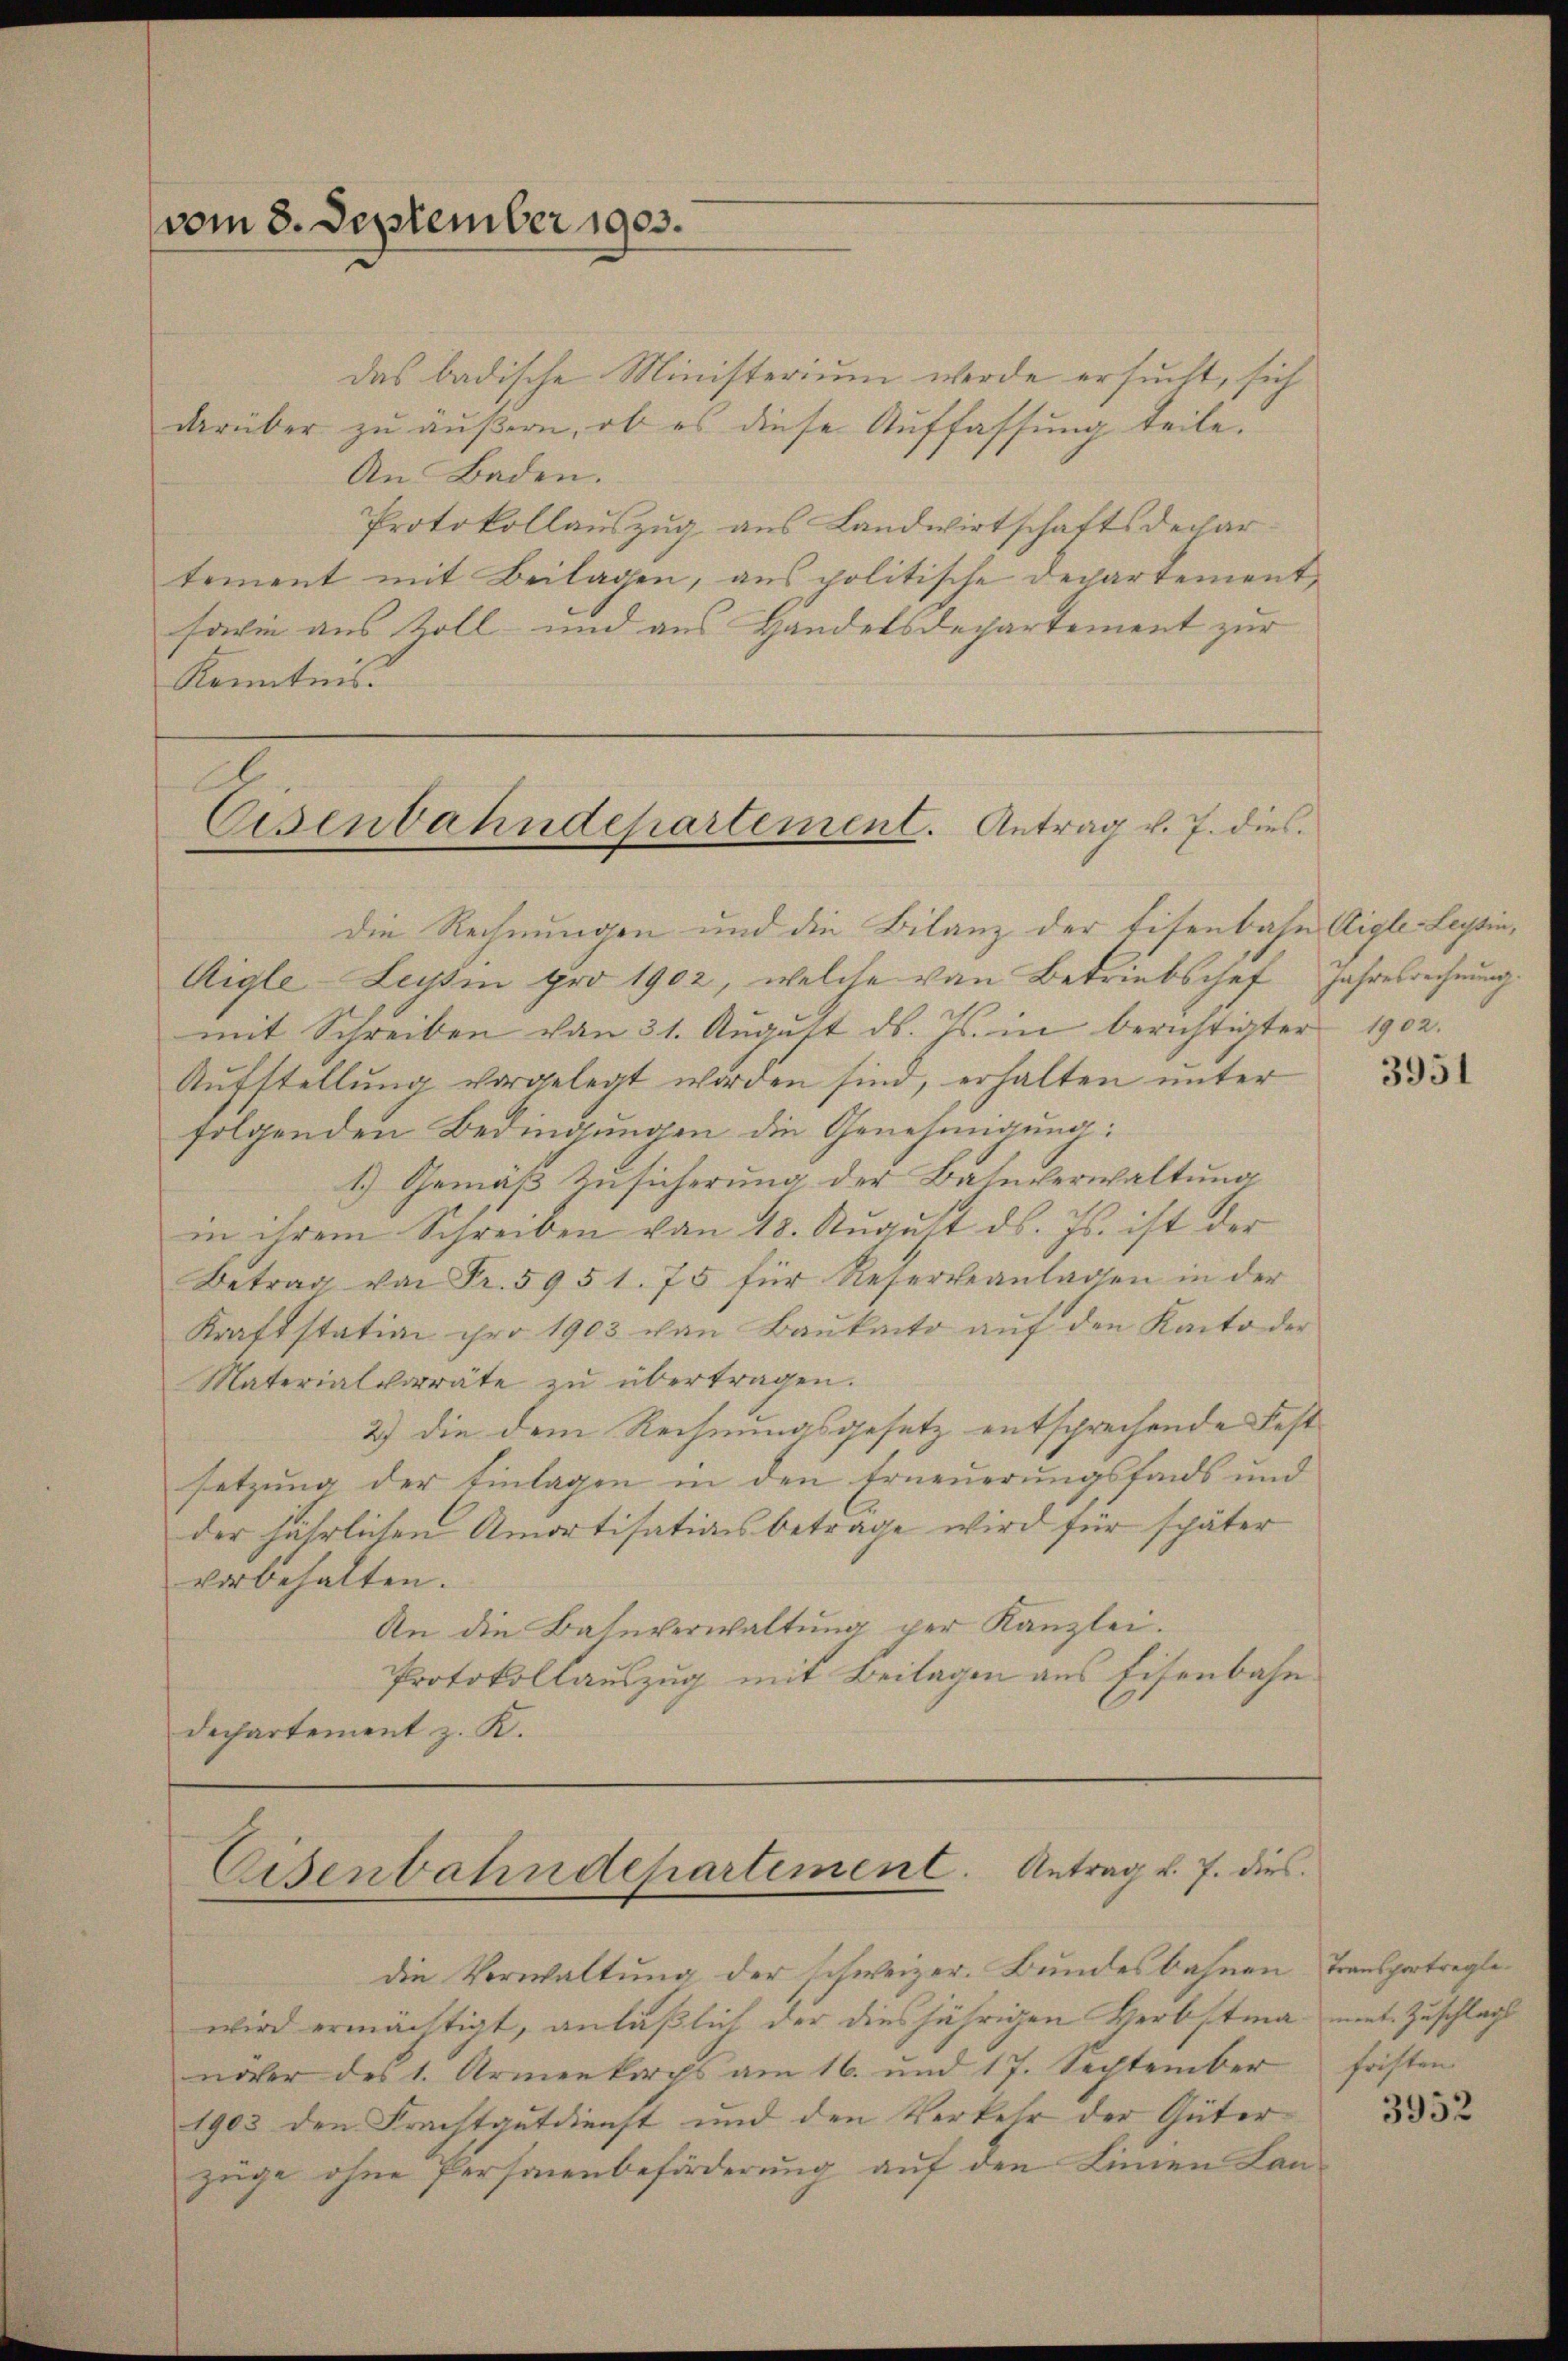
vom 8. September 1903.

das badische Ministerium werde ersucht, sich
darüber zu äußern, ob es diese Auffassung teile.
An Baden.
Protokollauszug aus Landwirtschaftsdechartement mit Beilagen, aus politische Departement,
sowie aus Zoll- und aus Handelsdepartement zur
Kenntnis.

Eisenbahndepartement. Antrag v. J. dies
Die Rechnungen und die Bilanz der Eisenbahn Aigle-Leysin,

Aigle - Leyssin pro 1902, welche von Betriebschef Jahresrechnung.
mit Schreiben von 31. Aŭgŭst ds. Js. in berichtigter 1902.
Aufstellung vorgelegt worden sind, erhalten unter
folgenden Bedingungen die Genehmigung:
1.) Gemäß Zusicherung der Bahnverwaltung
in ihrem Schreiben von 18. August ds. Js. ist der
Betrag von Fr. 5951. 75 für Reserveanlagen in der
Kraftstation pro 1903 von Baukacto aŭf den Kanto der
Materialvorräte zu übertragen.
2) die dem Rechnungsgesetz entsprechende Festsetzung der Einlagen in den Erneuerungsfonds und
der jährlichen Amortisationsbetrage wird für später
vorbehalten.
An die Bahnverwaltung per Kanzlei.
Protokollauszug mit Beilagen aus Eisenbahn.
Dechartement z. K.

Eisenbahndepartement. Antrag v. J. dies

die Verwaltung der schweizer. Bundesbahnen Transportreglewird ermächtigt, anläßlich der diesjährigen Herbstma mit Zuschlags
näher des 1. Armenkirchs am 16. und 17. September
1903 den Frachtgutdienst und den Verkehr der Güter
züge ohne Personenbeförderung auf den Linien Lan-

3951

fristen

3952